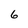
Character: 6